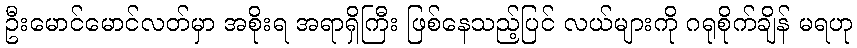
ဦးမောင်မောင်လတ်မှာ အစိုးရ အရာရှိကြီး ဖြစ်နေသည့်ပြင် လယ်များကို ဂရုစိုက်ချိန် မရဟု